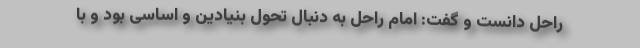
راحل دانست و گفت: امام راحل به دنبال تحول بنیادین و اساسی بود و با